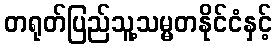
တရုတ်ပြည်သူ့သမ္မတနိုင်ငံနှင့်